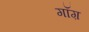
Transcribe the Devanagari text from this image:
गॉग़